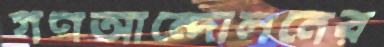
গণআন্দোলনের